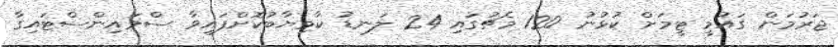
ޖަރުމަން ގައުމީ ޓީމަށް ކުޅުނު 120 މެޗުގައި 24 ލަނޑު ކާމިޔާބުކޮށްފައިވާ ސްވައިންސްޓައިގާ